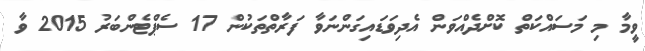
ވީމާ މި މަސައްކަތް ކޮށްދެއްވަން އެދިވަޑައިގަންނަވާ ފަރާތްތަކުން 17 ސެޕްޓެންބަރު 2015 ވާ